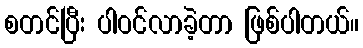
စတင်ပြီး ပါဝင်လာခဲ့တာ ဖြစ်ပါတယ်။